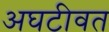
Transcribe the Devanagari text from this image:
अघटीवत